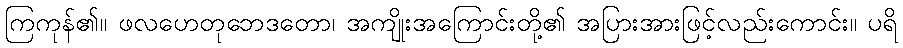
ကြကုန်၏။ ဖလဟေတုဘေဒတော၊ အကျိုးအကြောင်းတို့၏ အပြားအားဖြင့်လည်းကောင်း။ ပရိ